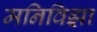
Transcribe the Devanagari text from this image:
मनिविझा